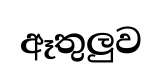
ඈතුලුව